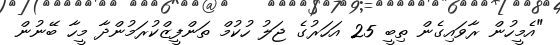
"އެމީހުން ރާވައިގެން ތިބީ 25 އަހަރުގެ ޖަލު ހުކުމް ތަންފީޒްކުރަމުންދާ މީހާ ބޭނުން